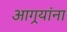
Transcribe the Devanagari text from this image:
आगर्‍यांना